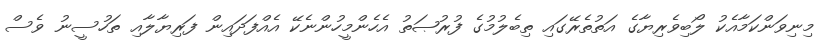
މިނިވަންކަމާއެކު ލޯބިވެރިޔާގެ އަތުތެރޭގައި ތިބެލުމުގެ ފުރުޞަތު އެހެންމީހުންނެކޭ އެއްފަދައިން ފަރިޔާލާއި ތަހުސީނު ވެސް